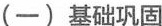
(一)基础巩固